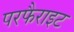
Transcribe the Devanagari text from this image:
परफैराइट